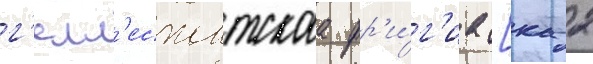
г'елл'еспонтскаа фр'и́г'иа [к 2